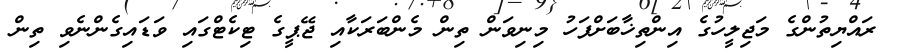
ރައްޔިތުންގެ މަޖިލީހުގެ އިންތިޚާބަށްފަހު މިނިވަން ތިން މެންބަރަކާއި ޖޭޕީގެ ޓިކެޓްގައި ވަޑައިގެންނެވި ތިން